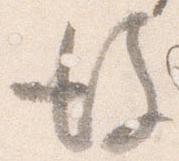
彼